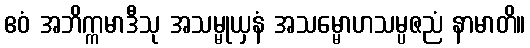
ဧဝံ အဘိက္ကမာဒီသု အသမ္မုယှနံ အသမ္မောဟသမ္ပဇညံ နာမာတိ။